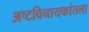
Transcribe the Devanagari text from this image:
अष्टविनायकांतला